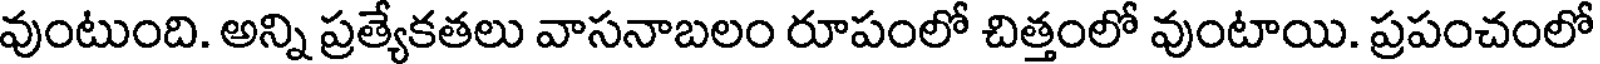
వుంటుంది. అన్ని ప్రత్యేకతలు వాసనాబలం రూపంలో చిత్తంలో వుంటాయి. ప్రపంచంలో